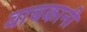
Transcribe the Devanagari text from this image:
वाचकानी